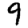
Digit: 9